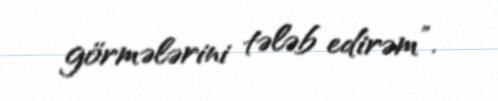
görmələrini tələb edirəm”.